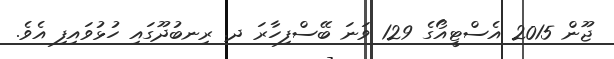
ޖޫން 2015 އެސްޓީއޯގެ 129 ވަނަ ބޭސްފިހާރަ ދ. ރިނބުދޫގައި ހުޅުވައިފި އެވެ.